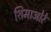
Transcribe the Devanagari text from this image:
शिमाओरे